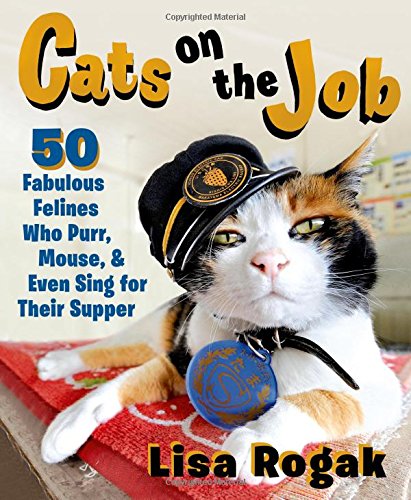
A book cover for Cats on the Job: 50 Fabulous Felines Who Purr, Mouse, and Even Sing for Their Supper; Lisa Rogak; Crafts, Hobbies & Home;